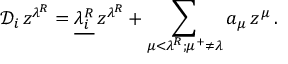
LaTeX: { \mathcal D } _ { i } \, z ^ { \lambda ^ { R } } = \underline { { { { \lambda } _ { i } ^ { R } } } } \, z ^ { \lambda ^ { R } } + \sum _ { \mu < \lambda ^ { R } ; \mu ^ { + } \neq \lambda } a _ { \mu } \, z ^ { \mu } \, .